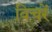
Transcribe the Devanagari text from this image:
विचरें